Sanitation, dispensaries and jails vaccination Rajputana 1922-1927 - 1922-1927
Year: 1922
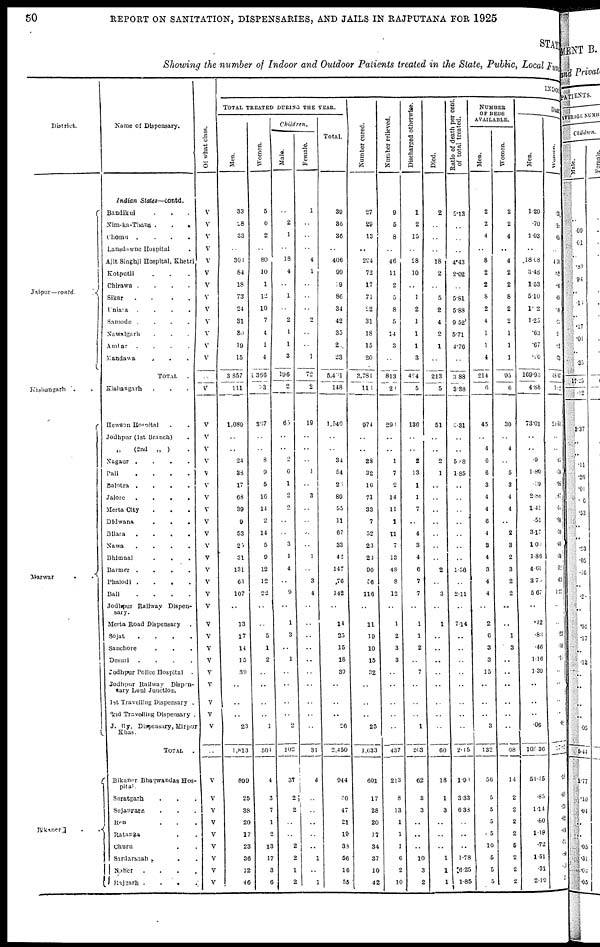
50
REPORT ON SANITATION, DISPENSARIES, AND JAILS IN RAJPUTANA FOR 1925
STATE
Showing the number of Indoor and Outdoor Patients treated in the State, Public, Local Fund
District.
Jaipur—contd.
Kishangarh
. .
Marwar . .
Bikaner . .
Name of Dispensary.
Indian
States—contd.
Bandikui . . .
Nim-ka-Thana .
.
.
Chomu
....
Lansdowne Hospital .
Ajit Singhji Hospital, Khetri
Kotputli . . .
Chirawa .
.
.
.
Sikar
.
. . .
Uniara
.
.
.
.
Samode .
.
.
.
Nawalgarh . . .
Amlar
.
. . .
Mandawa
. . . .
TOTAL
.
Kishangarh . . .
Hewson Hospital . .
Jodhpur (1st Branch)
„
(2nd
„ ) .
Nagaur . . . .
Pali . . . .
Balotra . . .
Jalore . . . .
Merta City . . . .
Didwana . . .
Bilara . . . .
Nawa . . . .
Bhimnal . . . .
Barmer .
Phalodi . . . .
Bali . . . .
Jodhpur Railway Dipen¬
sary.
Merta Road Dispensary.
Sojat
.
.
.
.
.
Sanchore . . .
Desuri
.
. . .
Jodhpur Police Hospital
.
Jodhpur Railway Dispen¬
sary Luni Junction .
1st Travelling Dispensary .
2nd Travelling Dispensary
J. Ry. Dispensary, Mirpur
Khas.
TOTAL
.
Bikaner Bhagwandas Hos¬
pital.
Suratgarh . .
Sujangarh . .
Ren . . .
Ratanga . .
Chura . .
Sardarshah . .
Noher
. . . .
Rajgarh .
. . .
Of what class.
V
V
V
V
V
V
V
V
V
V
V
V
V
..
V
V
V
V
V
V
V
V
V
V
V
V
V
V
V
V
V
V
V
V
V
V
V
V
V
V
..
V
V
V
V
V
V
V
V
V
I NDOOR
TOTAL TREATED DURING THE YEAR.
Men.
33
28
33
..
304
84
18
73
24
31
30
19
15
3,857
111
1,089
..
..
24
33
17
63
39
9
53
25
31
131
61
107
..
13
17
14
15
39
..
..
..
23
1,813
899
25
38
20
17
23
36
12
46
Women.
5
6
2
..
80
10
1
12
10
7
4
1
4
1366
33
357
..
..
8
9
5
16
14
2
14
5
9
12
12
22
..
..
5
1
2
..
..
..
..
1
504
4
3
7
1
2
13
17
3
6
Children.
Male.
..
2
1
..
18
4
..
1
..
2
1
1
3
196
2
65
..
..
2
6
1
2
2
..
..
3
1
4
..
9
..
1
3
..
1
..
..
..
..
2
102
37
2
2
..
..
2
2
1
2
Female.
1
..
..
..
4
1
..
..
..
2
..
..
1
72
2
19
..
..
..
1
..
3
..
..
..
..
1
..
3
4
..
..
..
..
..
..
..
..
..
..
31
4
..
..
..
..
..
1
..
1
39
36
36
..
406
99
19
86
34
42
35
2
23
5,45l
148
1,540
..
..
34
54
23
89
55
11
67
33
42
147
.76
142
..
14
25
15
18
30
..
..
..
26
2,450
944
30
47
21
19
33
56
16
55
Number cured.
27
29
13
..
294
72
17
71
22
31
18
15
20
3,781
113
974
..
..
28
32
16
71
33
7
52
23
23
90
56
116
..
11
19
10
15
32
..
..
..
25
1,633
601
17
28
20
17
34
37
10
42
Number relieved.
9
5
8
..
46
11
2
5
8
5
14
3
..
813
20
293
..
..
1
7
2
14
11
1
11
7
13
48
8
12
..
1
2
3
3
..
..
..
..
..
437
213
8
13
1
1
1
6
2
10
Discharged otherwise.
1
2
15
..
28
10
..
1
2
1
1
1
3
494
5
136
..
..
2
13
1
1
7
..
4
3
4
6
7
7
..
1
1
2
..
7
..
..
..
1
203
62
3
3
..
..
..
10
3
2
Died.
2
..
..
..
18
2
..
5
2
4
2
1
..
213
5
51
..
..
2
1
..
..
..
..
..
..
..
2
..
3
..
1
..
..
..
..
..
..
..
..
60
18
1
3
..
..
..
1
1
1
Ratio of death per cent.
of total treated.
5.13
..
..
..
4.43
2.02
..
581
5.88
9.52
5.71
4.76
..
3.88
3.38
3.31
..
..
5.88
1.85
..
..
..
..
..
..
..
1.36
..
2.11
..
7.14
..
..
..
..
..
..
..
..
2.15
1.91
3.33
6.33
..
..
..
1.78
6.25
1.85
NUMBER
OF BEDS
AVAILABLE.
Men.
2
2
4
..
8
2
2
8
2
4
1
1
4
214
6
45
..
4
6
6
3
4
4
6
4
3
4
3
4
4
..
2
6
3
3
15
..
..
..
3
132
56
5
5
5
5
10
5
5
5
Women.
2
2
4
..
4
2
2
8
2
2
1
1
1
95
6
30
..
4
..
5
3
4
4
..
2
3
2
3
2
2
..
..
1
3
..
..
..
..
..
..
68
14
2
2
2
2
5
2
2
2
DAILY
Men.
1.20
.70
1.03
..
18.08
3.48
1.53
5.10
1.2
1.25
.63
.67
.90
169.93
4.88
73.01
..
..
.9
1.80
.39
2.88
1.41
.51
3.17
1.00
1.86
4.01
3.73
5.67
..
.42
.83
.46
1.16
1.39
..
..
..
.06
105.36
51.45
.85
1.14
.80
1.18
.72
1.51
.31
2.19
Women.
.23
.15
.05
..
4.30
.52
.16
.69
.09
.23
.20
.02
.23
48.07
1.2
21.51
..
..
.35
.29
.05
.87
.39
.09
.70
.40
.39
.
32
.63
1.27
..
..
. 22
.19
.15
..
..
..
..
. 02
27.82
.18
.03
.23
.02
.09
.71
.80
.13
2